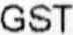
GST